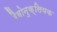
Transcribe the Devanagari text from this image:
रैबोनुक्लियक